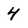
Character: 4